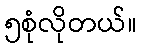
၅စုံလိုတယ်။